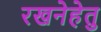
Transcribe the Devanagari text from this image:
रखनेहेतु